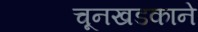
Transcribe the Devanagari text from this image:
चूनखडकाने